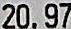
20.97